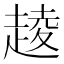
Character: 𧼔